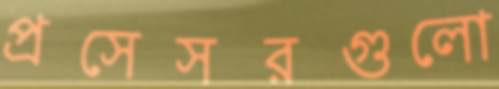
প্রসেসরগুলো